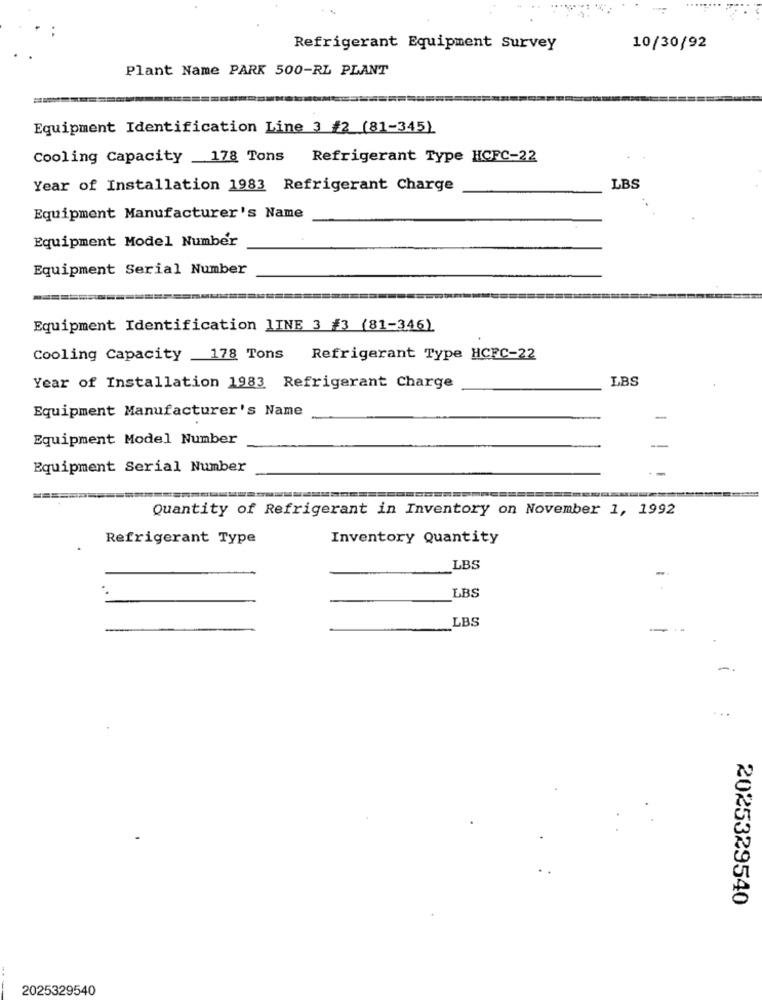
Refrigerant Equipment Survey
10/30/92
Plant Name PARK 500-RL PLANT
Equipment Identification Line 3 #2 (81-345)
Cooling Capacity 178 Tons Refrigerant Type HCFC-22
. .
Year of Installation 1983 Refrigerant Charge
LBS
Equipment Manufacturer's Name
Equipment Model Number
Equipment Serial Number
Equipment Identification LINE 3 #3 (81-346)
Cooling Capacity 178 Tons Refrigerant Type HCFC-22
LBS
Year of Installation 1983 Refrigerant Charge
Equipment Manufacturer's Name
-
Equipment Model Number
-
Equipment Serial Number
Quantity of Refrigerant in Inventory on November 1, 1992
Refrigerant Type
Inventory Quantity
LBS
LBS
LBS
2025329540
2025329540